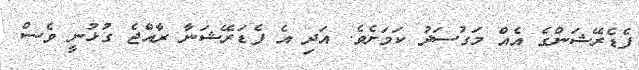
ފެޑެރޭޝަންގެ އެއް މަގުސަދު ކަމަށެވެ. އަދި އެ ފެޑަރޭޝަނާ ރާއްޖެ ގުޅުނީ ވެސް